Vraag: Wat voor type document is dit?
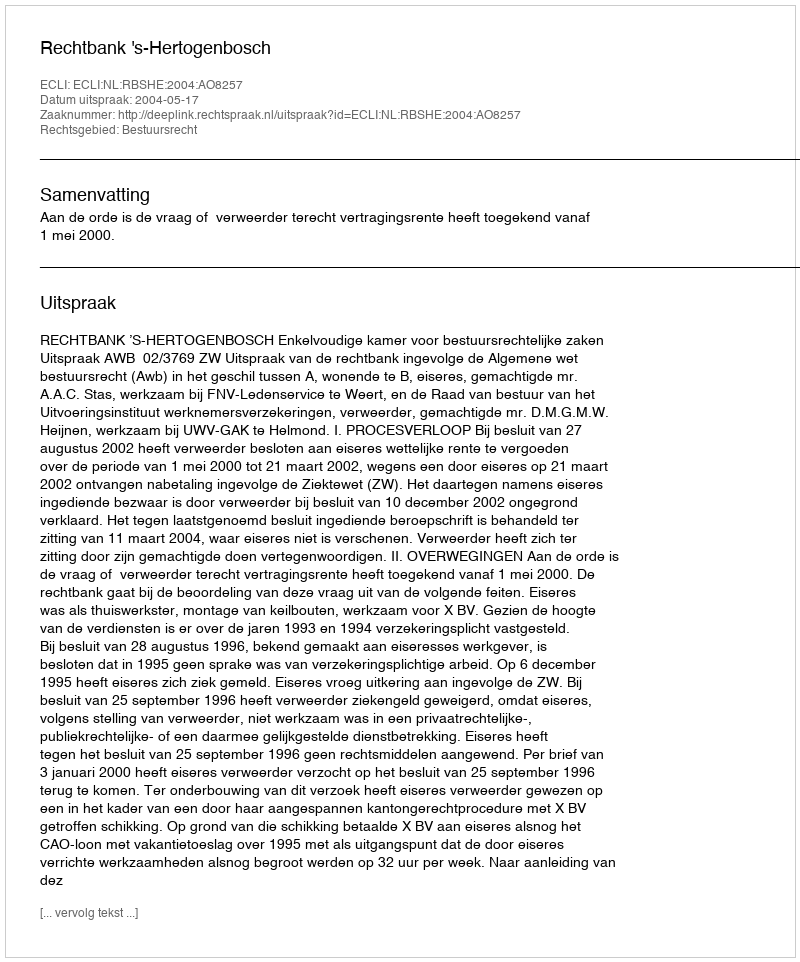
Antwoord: Uitspraak